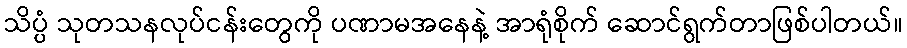
သိပ္ပံ သုတသနလုပ်ငန်းတွေကို ပဏာမအနေနဲ့ အာရုံစိုက် ဆောင်ရွက်တာဖြစ်ပါတယ်။